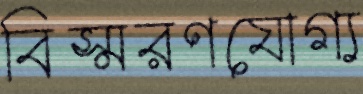
বিস্মরণযোগ্য